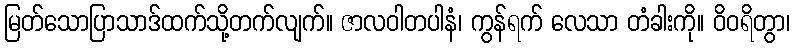
မြတ်သောပြာသာဒ်ထက်သို့တက်လျက်။ ဇာလဝါတပါနံ၊ ကွန်ရက် လေသာ တံခါးကို။ ဝိဝရိတွာ၊